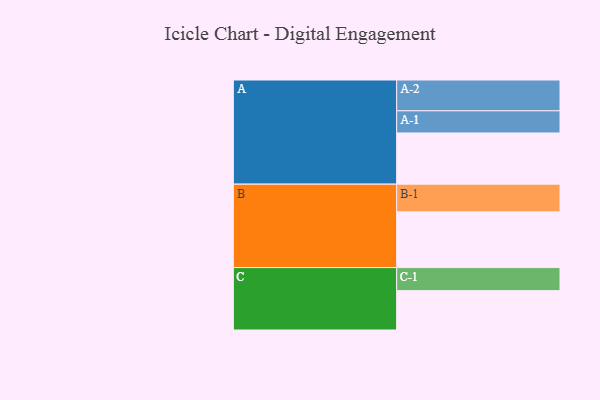
{"axis": {"x": "Segment", "y": "Value"}, "legend": ["", "A", "B", "C"], "data": [{"x": "A", "y": 444, "type": ""}, {"x": "B", "y": 483, "type": ""}, {"x": "C", "y": 341, "type": ""}, {"x": "A-1", "y": 192, "type": "A"}, {"x": "A-2", "y": 267, "type": "A"}, {"x": "B-1", "y": 240, "type": "B"}, {"x": "C-1", "y": 200, "type": "C"}]}